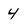
Character: 4